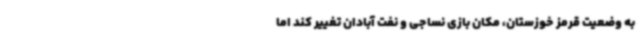
به وضعیت قرمز خوزستان، مکان بازی نساجی و نفت آبادان تغییر کند اما